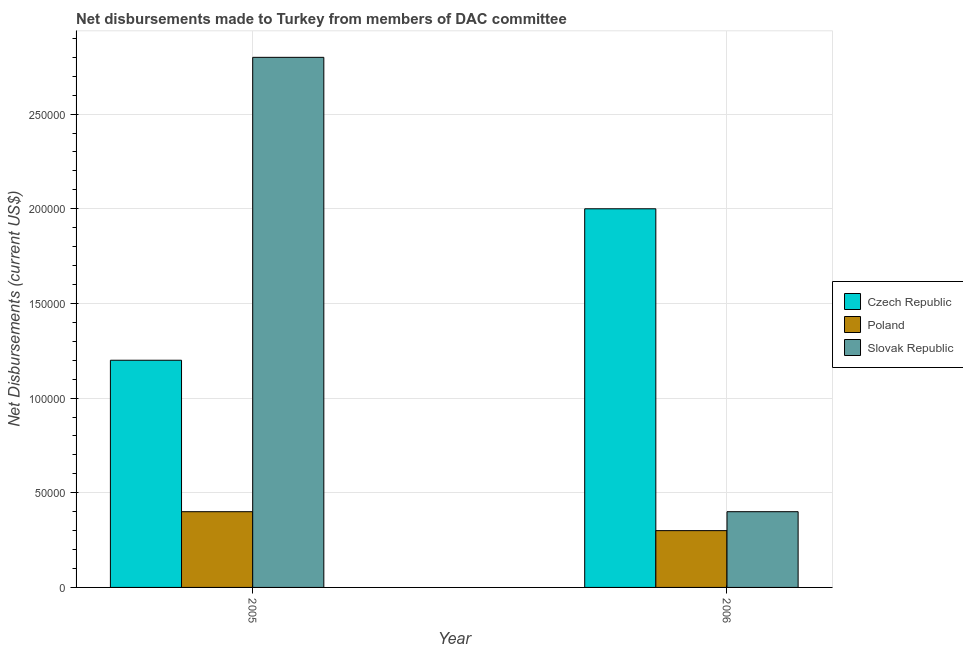
| Year | Czech Republic | Poland | Slovak Republic |
 | --- | --- | --- | --- |
 | 2005 | 1.2e+05 | 4e+04 | 2.8e+05 |
 | 2006 | 2e+05 | 3e+04 | 4e+04 |